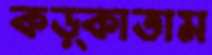
কড়্‌কাতাম